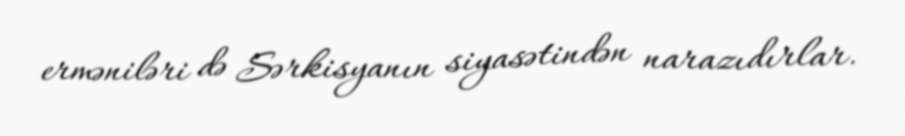
erməniləri də Sərkisyanın siyasətindən narazıdırlar.